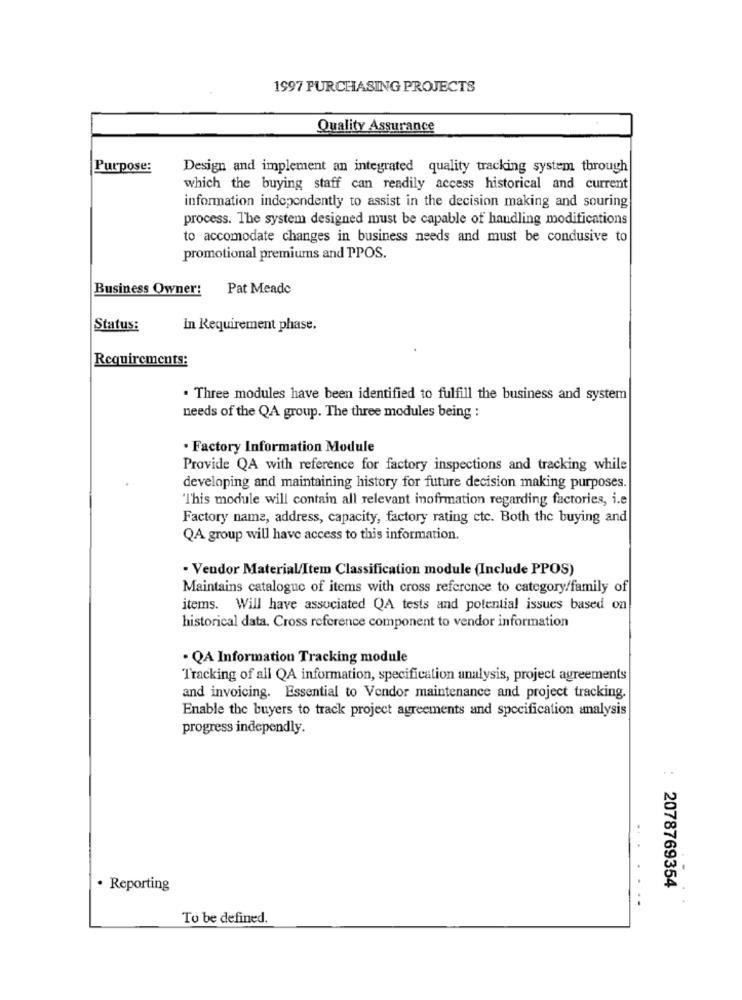
1997 PURCHASING PROJECTS
Quality Assurance
Purpose:
Design and implement an integrated quality tracking system through
which the buying staff can readily access historical and current
information independently to assist in the decision making and souring
process. The system designed must be capable of handling modifications
to accomodate changes in business needs and must be condusive to
promotional premiums and PPOS.
Business Owner:
Pat Meade
Status:
In Requirement phase.
Requirements:
. Three modules have been identified to fulfill the business and system
needs of the QA group. The three modules being :
· Factory Information Module
Provide QA with reference for factory inspections and tracking while
developing and maintaining history for future decision making purposes.
"This module will contain all relevant inofrmation regarding factories, i.e
Factory name, address, capacity, factory rating etc. Both the buying and
QA group will have access to this information.
· Vendor Material/Item Classification module (Include PPOS)
Maintains catalogue of items with cross reference to category/family of
items. Will have associated QA tests and potential issues based on
historical data. Cross reference component to vendor information
· QA Information Tracking module
Tracking of all QA information, specification analysis, project agreements
and invoicing. Essential to Vendor maintenance and project tracking.
Enable the buyers to track project agreements and specification analysis
progress independly.
. .
... .
2078769354
· Reporting
..
To be defined.